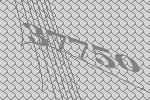
37750